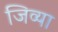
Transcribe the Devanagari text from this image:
जिव्या